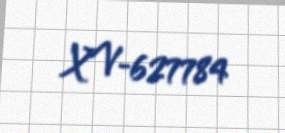
XV-627784